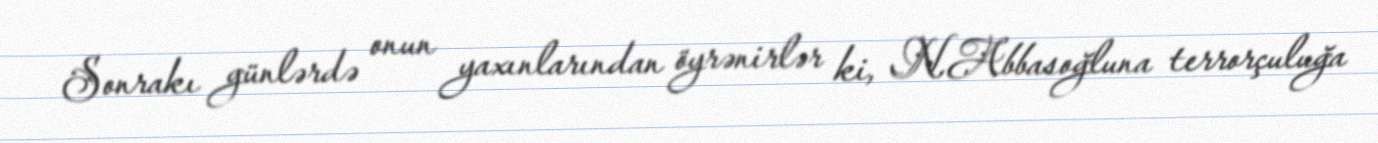
Sonrakı günlərdə onun yaxınlarından öyrənirlər ki, N.Abbasoğluna terrorçuluğa